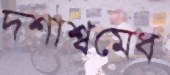
দশাশ্বমেধ